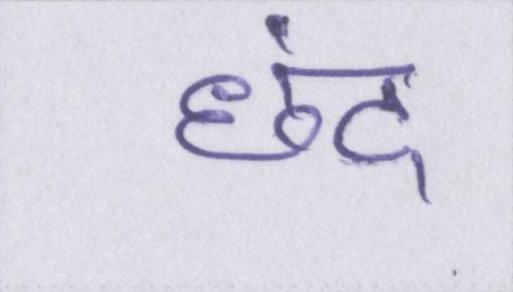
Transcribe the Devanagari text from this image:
छंद